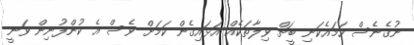
ނުގެނެސް ހަމައެކަނި ބީޗް ވިލާތަކެއް އަޅައިގެން ކަމަށް ވެސް އެ ކުންފުނިން ވަނީ